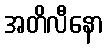
အတိလီနော